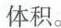
体积。